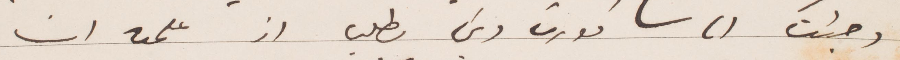
وجئت الى نورث وين ومن بطلب إذ علمت ان